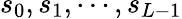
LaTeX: s_{0},s_{1},\cdots,s_{L-1}